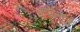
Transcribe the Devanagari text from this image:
कवनांचे